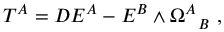
T ^ { A } = D E ^ { A } - E ^ { B } \wedge \Omega _ { ~ ~ B } ^ { A } ~ ,